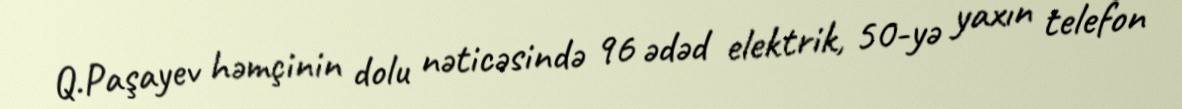
Q.Paşayev həmçinin dolu nəticəsində 96 ədəd elektrik, 50-yə yaxın telefon